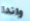
واندا